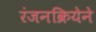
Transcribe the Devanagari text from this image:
रंजनक्रियेने